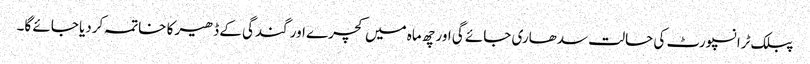
پبلک ٹرانسپورٹ کی حالت سدھاری جائے گی اور چھ ماہ میں کچرے اور گندگی کے ڈھیر کا خاتمہ کردیا جائے گا۔